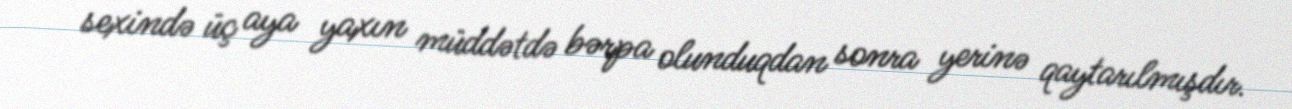
sexində üç aya yaxın müddətdə bərpa olunduqdan sonra yerinə qaytarılmışdır.